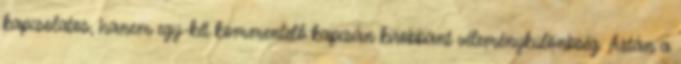
kapcsolatos, hanem egy-két kommentelő kapcsán kirobbant véleménykülönbség. Aztán a